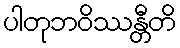
ပါတုဘဝိဿန္တီတိ